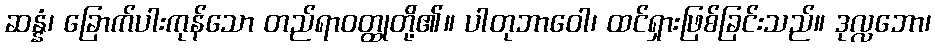
ဆန္နံ၊ ခြောက်ပါးကုန်သော တည်ရာဝတ္ထုတို့၏။ ပါတုဘာဝေါ၊ ထင်ရှားဖြစ်ခြင်းသည်။ ဒုလ္လဘော၊